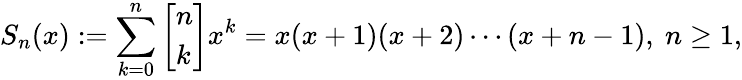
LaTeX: S_{n}(x):=\sum_{k=0}^{n}\left[{\begin{array}{l}{n}\\ {k}\end{array}}\right]x^{k}=x(x+1)(x+2)\cdots(x+n-1),\ n\geq 1,